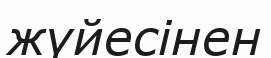
жүйесінен